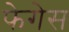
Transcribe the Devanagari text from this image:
फेगेस